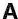
A